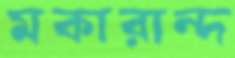
মকারান্দ